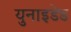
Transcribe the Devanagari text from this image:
युनाइडेड